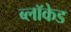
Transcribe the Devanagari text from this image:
ब्लॉकेड